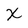
Character: X